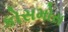
કોસમોસ